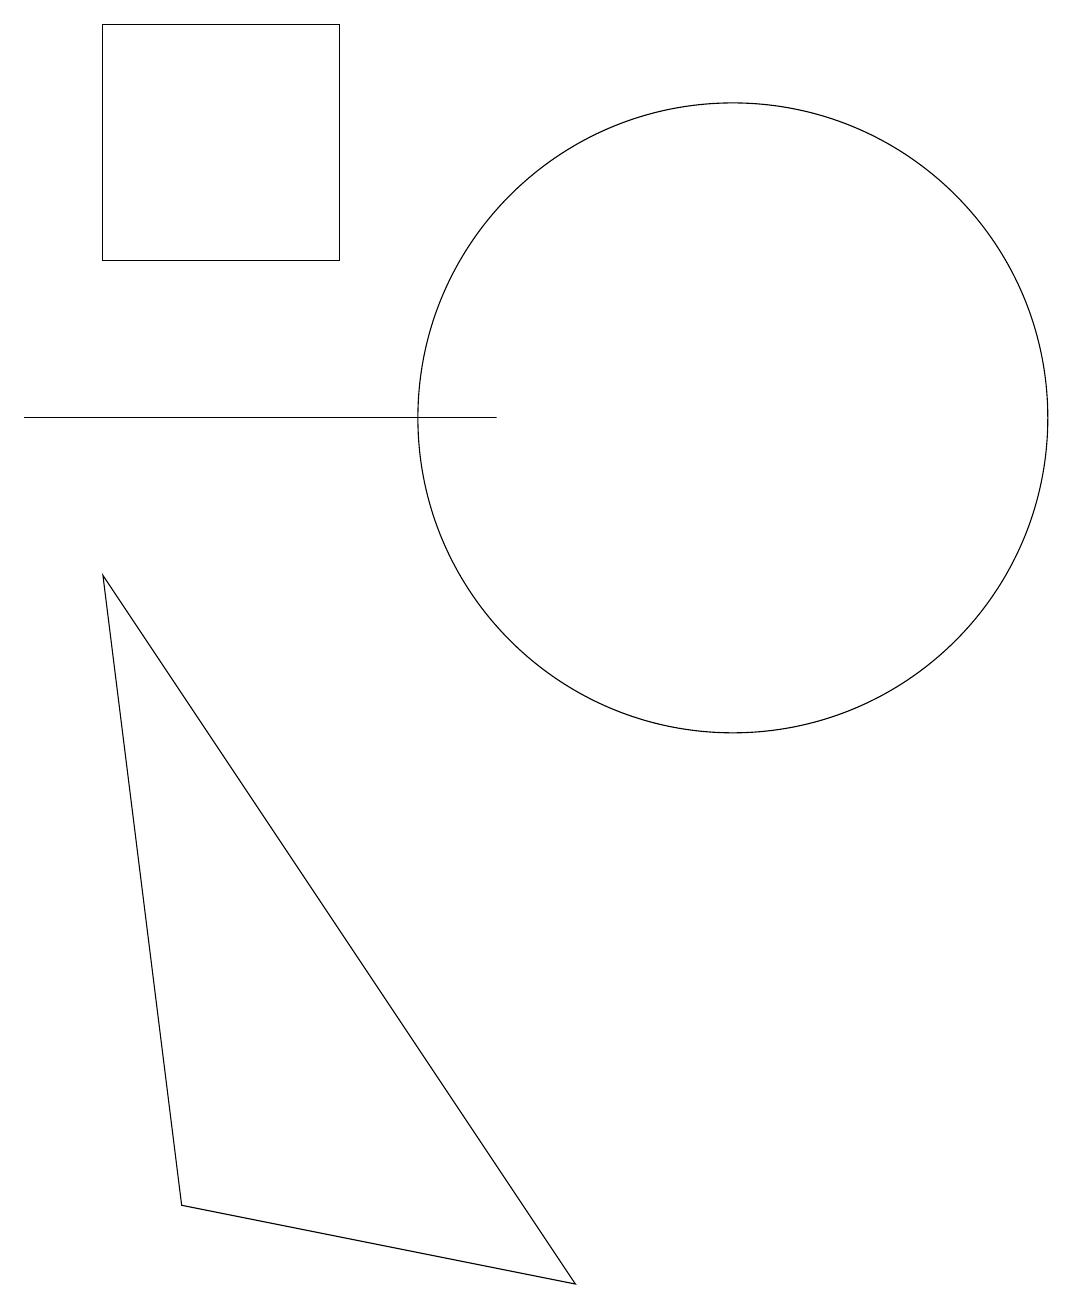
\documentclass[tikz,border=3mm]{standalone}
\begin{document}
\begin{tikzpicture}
\draw (8,11) rectangle (2,11);
\draw (9,0) -- (4,1) -- (3,9) -- cycle;
\draw (11,11) circle (4);
\draw (6,13) rectangle (3,16);
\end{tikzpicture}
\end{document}